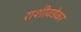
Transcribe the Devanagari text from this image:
राशीवडेकर